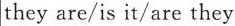
they are/is it/are they